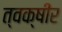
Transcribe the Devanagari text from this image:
त्वक्षीर